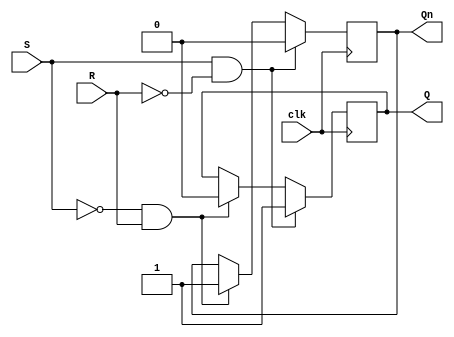
module sr_flip_flop (
    input S,
    input R,
    input clk,
    output reg Q,
    output reg Qn
);

reg internal_Q;
reg internal_Qn;

always @(posedge clk) begin
    if (S & ~R) begin
        internal_Q <= 1'b1;
        internal_Qn <= 1'b0;
    end else if (~S & R) begin
        internal_Q <= 1'b0;
        internal_Qn <= 1'b1;
    end
end

assign Q = internal_Q;
assign Qn = internal_Qn;

endmodule